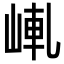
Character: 𡸗